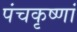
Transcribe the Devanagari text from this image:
पंचकृष्णां